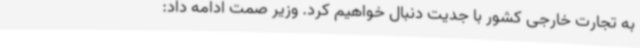
به تجارت خارجی کشور با جدیت دنبال خواهیم کرد. وزیر صمت ادامه داد: